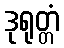
ဒုရုတ္တံ